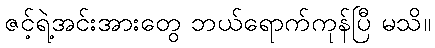
ဇင့်ရဲ့အင်းအားတွေ ဘယ်ရောက်ကုန်ပြီ မသိ။